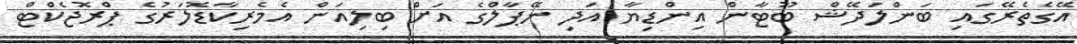
އޭގެތެރޭގައި ބަންލަދޭޝް ބޫޓާން އިންޑިޔާ އަދި ނޭޕާލްގެ އަށް ބިލިއަން އެމެރިކާޑޮލަރުގެ ޕްރޮޖެކްޓް